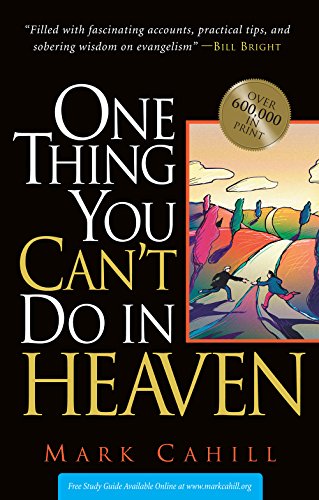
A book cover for One Thing You Can't do in Heaven; Mark Cahill; Christian Books & Bibles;